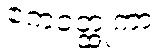
ဧကဝတ္ထုကာ